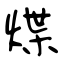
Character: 煠